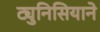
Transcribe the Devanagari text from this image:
ट्युनिसियाने